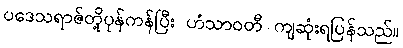
ပဒေသရာဇ်တို့ပုန်ကန်ပြီး ဟံသာဝတီ ကျဆုံးရပြန်သည်။